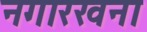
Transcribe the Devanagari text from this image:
नगारखना